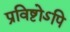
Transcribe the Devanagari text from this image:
प्रविष्टोऽपि